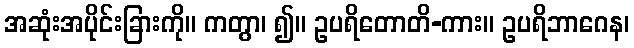
အဆုံးအပိုင်းခြားကို။ ကတွာ၊ ၍။ ဥပရိတောတိ-ကား။ ဥပရိဘာဂေန၊